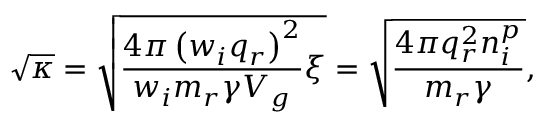
\sqrt { \kappa } = \sqrt { \frac { 4 \pi \left( w _ { i } q _ { r } \right) ^ { 2 } } { w _ { i } m _ { r } \gamma V _ { g } } \xi } = \sqrt { \frac { 4 \pi q _ { r } ^ { 2 } n _ { i } ^ { p } } { m _ { r } \gamma } } ,